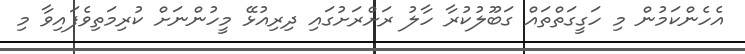
އެހެންކަމުން މި ހަގީގަަތްތައް ގަބޫލުކުރާ ހާލު ރަށްރަށުގައި ދިރިއުޅޭ މީހުންނަށް ކުރިމަތިވެފައިވާ މި